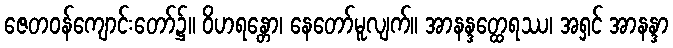
ဇေတဝန်ကျောင်းတော်၌။ ဝိဟရန္တော၊ နေတော်မူလျက်။ အာနန္ဒတ္ထေရဿ၊ အရှင် အာနန္ဒာ